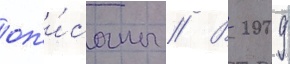
оп'и́саны // В 2009